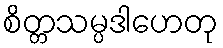
စိတ္တသမ္ပဒါဟေတု